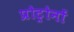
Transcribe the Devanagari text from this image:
प्रोट्रोनों